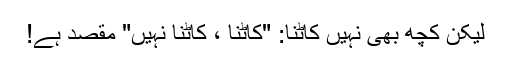
لیکن کچھ بھی نہیں کاٹنا: "کاٹنا ، کاٹنا نہیں" مقصد ہے!